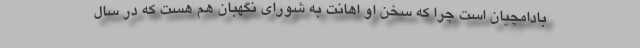
بادامچیان است چرا که سخن او اهانت به شورای نگهبان هم هست که در سال